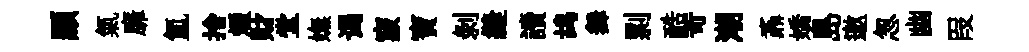
顯氣靡氲捨煙財堂嫵谒竅寶剥縫讀鸪舞剽酷苛潮鼒嬌島邀怱幽叚